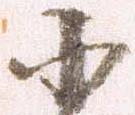
小